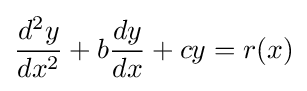
{\frac {d^{2}y}{dx^{2}}}+b{\frac {dy}{dx}}+cy=r(x)